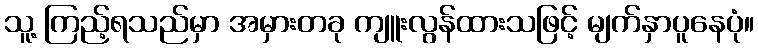
သူ့ ကြည့်ရသည်မှာ အမှားတခု ကျူးလွန်ထားသဖြင့် မျက်နှာပူနေပုံ။